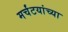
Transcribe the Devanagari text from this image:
मर्चंटयांच्या